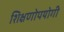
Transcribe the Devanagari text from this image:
शिक्षणोपयोगी